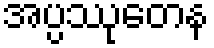
အပ္ပဿုတေန